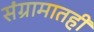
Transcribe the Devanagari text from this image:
संग्रामातही